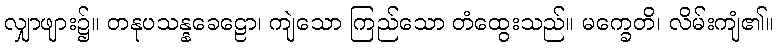
လျှာဖျား၌။ တနုပသန္နခေဠော၊ ကျဲသော ကြည်သော တံထွေးသည်။ မက္ခေတိ၊ လိမ်းကျံ၏။